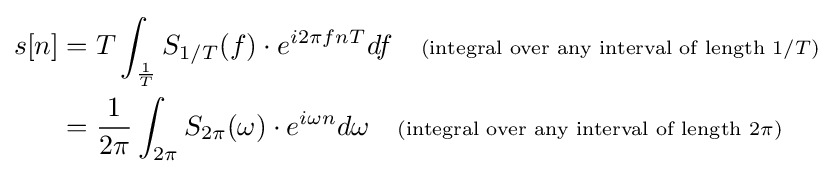
{\begin{aligned}s[n]&=T\int _{\frac {1}{T}}S_{1/T}(f)\cdot e^{i2\pi fnT}df\quad \scriptstyle {{\text{(integral over any interval of length }}1/T{\textrm {)}}}\\\displaystyle &={\frac {1}{2\pi }}\int _{2\pi }S_{2\pi }(\omega )\cdot e^{i\omega n}d\omega \quad \scriptstyle {{\text{(integral over any interval of length }}2\pi {\textrm {)}}}\end{aligned}}